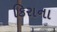
કિરાના